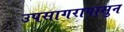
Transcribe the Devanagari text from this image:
उपसागरापासुन